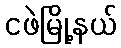
ငဖဲမြို့နယ်